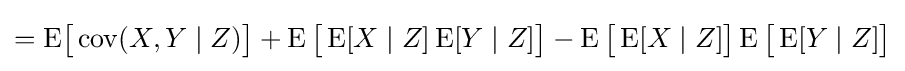
=\operatorname {E} \!{\big [}\operatorname {cov} (X,Y\mid Z){\big ]}+\operatorname {E} {\big [}\operatorname {E} [X\mid Z]\operatorname {E} [Y\mid Z]{\big ]}-\operatorname {E} {\big [}\operatorname {E} [X\mid Z]{\big ]}\operatorname {E} {\big [}\operatorname {E} [Y\mid Z]{\big ]}